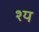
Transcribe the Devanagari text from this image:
श्य